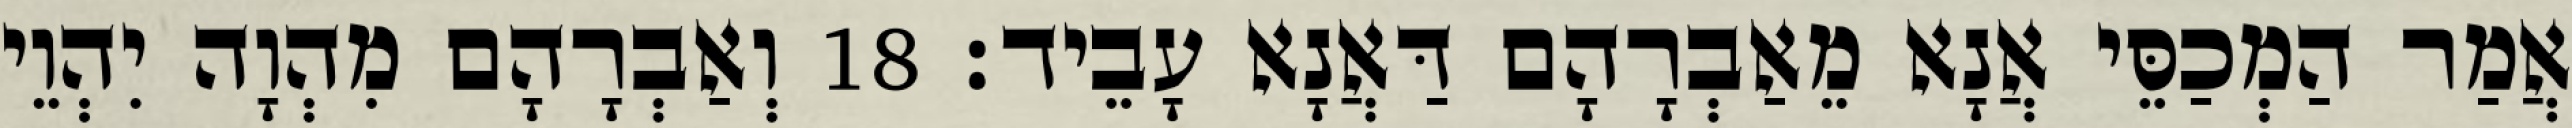
אֲמַר הַמְכַסֵּי אֲנָא מֵאַבְרָהָם דַּאֲנָא עָבֵיד׃ 18 וְאַבְרָהָם מִהְוָה יִהְוֵי